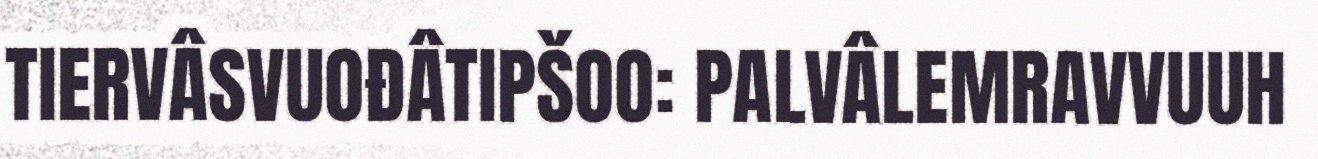
TIERVÂSVUOĐÂTIPŠOO: PALVÂLEMRAVVUUH